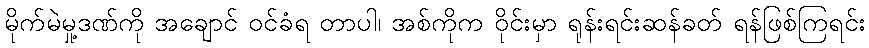
မိုက်မဲမှု့ဒဏ်ကို အချောင် ဝင်ခံရ တာပါ၊ အစ်ကိုက ဝိုင်းမှာ ရုန်းရင်းဆန်ခတ် ရန်ဖြစ်ကြရင်း